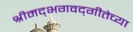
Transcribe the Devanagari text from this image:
श्रीमद्‌भगवद्‌गीतेच्या